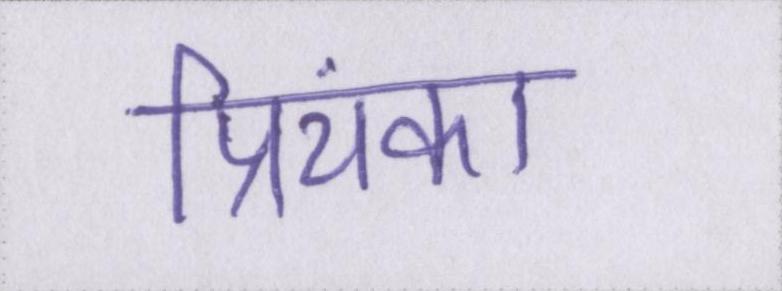
प्रियंका